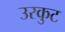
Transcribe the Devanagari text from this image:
उरकुट